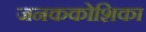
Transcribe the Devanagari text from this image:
जनककोशिका